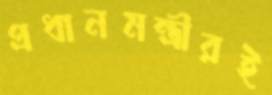
প্রধানমন্ত্রীরই